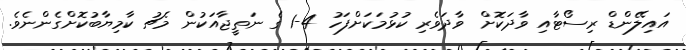
އައިލޭންޑް ރިސޯޓާއި ވާދަކޮށް ވާދަވެރި ކުޅުމަކަށްފަހު 4-1 ގެ ނަތީޖާއަކުން މެޗު ކާމިޔާބުކޮށްގެންނެވެ.